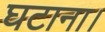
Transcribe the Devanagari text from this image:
घटाना।